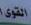
القوى